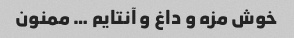
خوش مزه و داغ و آنتایم … ممنون